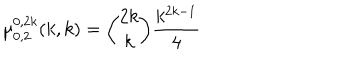
\mu _ { 0 , 2 } ^ { 0 , 2 k } ( k , k ) = { \binom { 2 k } { k } } { \frac { k ^ { 2 k - 1 } } { 4 } }